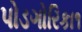
પોડગોરિકા૧